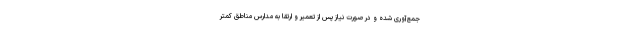
جمع‌آوری شده و در صورت نیاز پس از تعمیر و ارتقا به مدارس مناطق کمتر